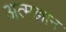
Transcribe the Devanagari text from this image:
अत्मज्ञान